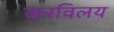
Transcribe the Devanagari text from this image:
करविलय